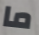
ما